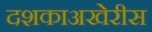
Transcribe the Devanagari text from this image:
दशकाअखेरीस